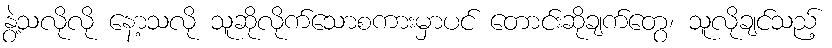
နွဲ့သလိုလို နော့သလို သူဆိုလိုက်သောစကားမှာပင် တောင်းဆိုချက်တွေ၊ သူလိုချင်သည့်